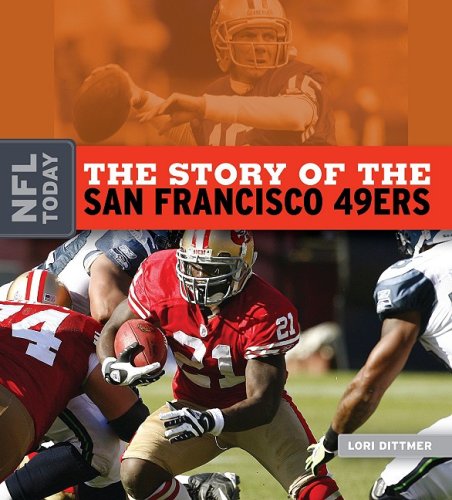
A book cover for The Story of the San Francisco 49ers (NFL Today); Lori Dittmer; Teen & Young Adult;